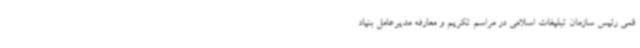
قمی رئیس سازمان تبلیغات اسلامی در مراسم تکریم و معارفه مدیرعامل بنیاد